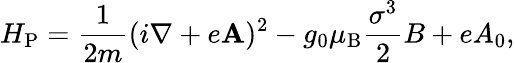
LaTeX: H_{\mathrm{P}}=\frac{1}{2m}(i{\mathbf\nabla}+e{\mathbf A})^{2}-g_{0}\mu_{\mathrm{B}}\frac{\sigma^{3}}{2}B+eA_{0},